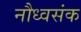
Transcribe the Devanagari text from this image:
नौध्वसंक